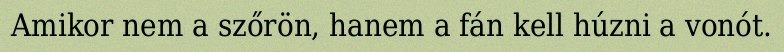
Amikor nem a szőrön, hanem a fán kell húzni a vonót.